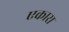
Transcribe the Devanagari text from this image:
एकारा